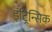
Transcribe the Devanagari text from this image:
इंट्रिन्सिक